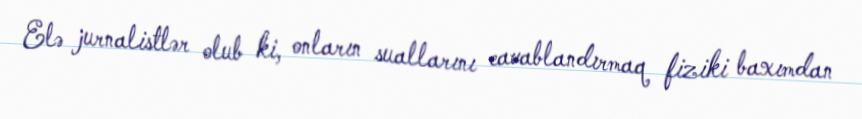
Elə jurnalistlər olub ki, onların suallarını cavablandırmaq fiziki baxımdan